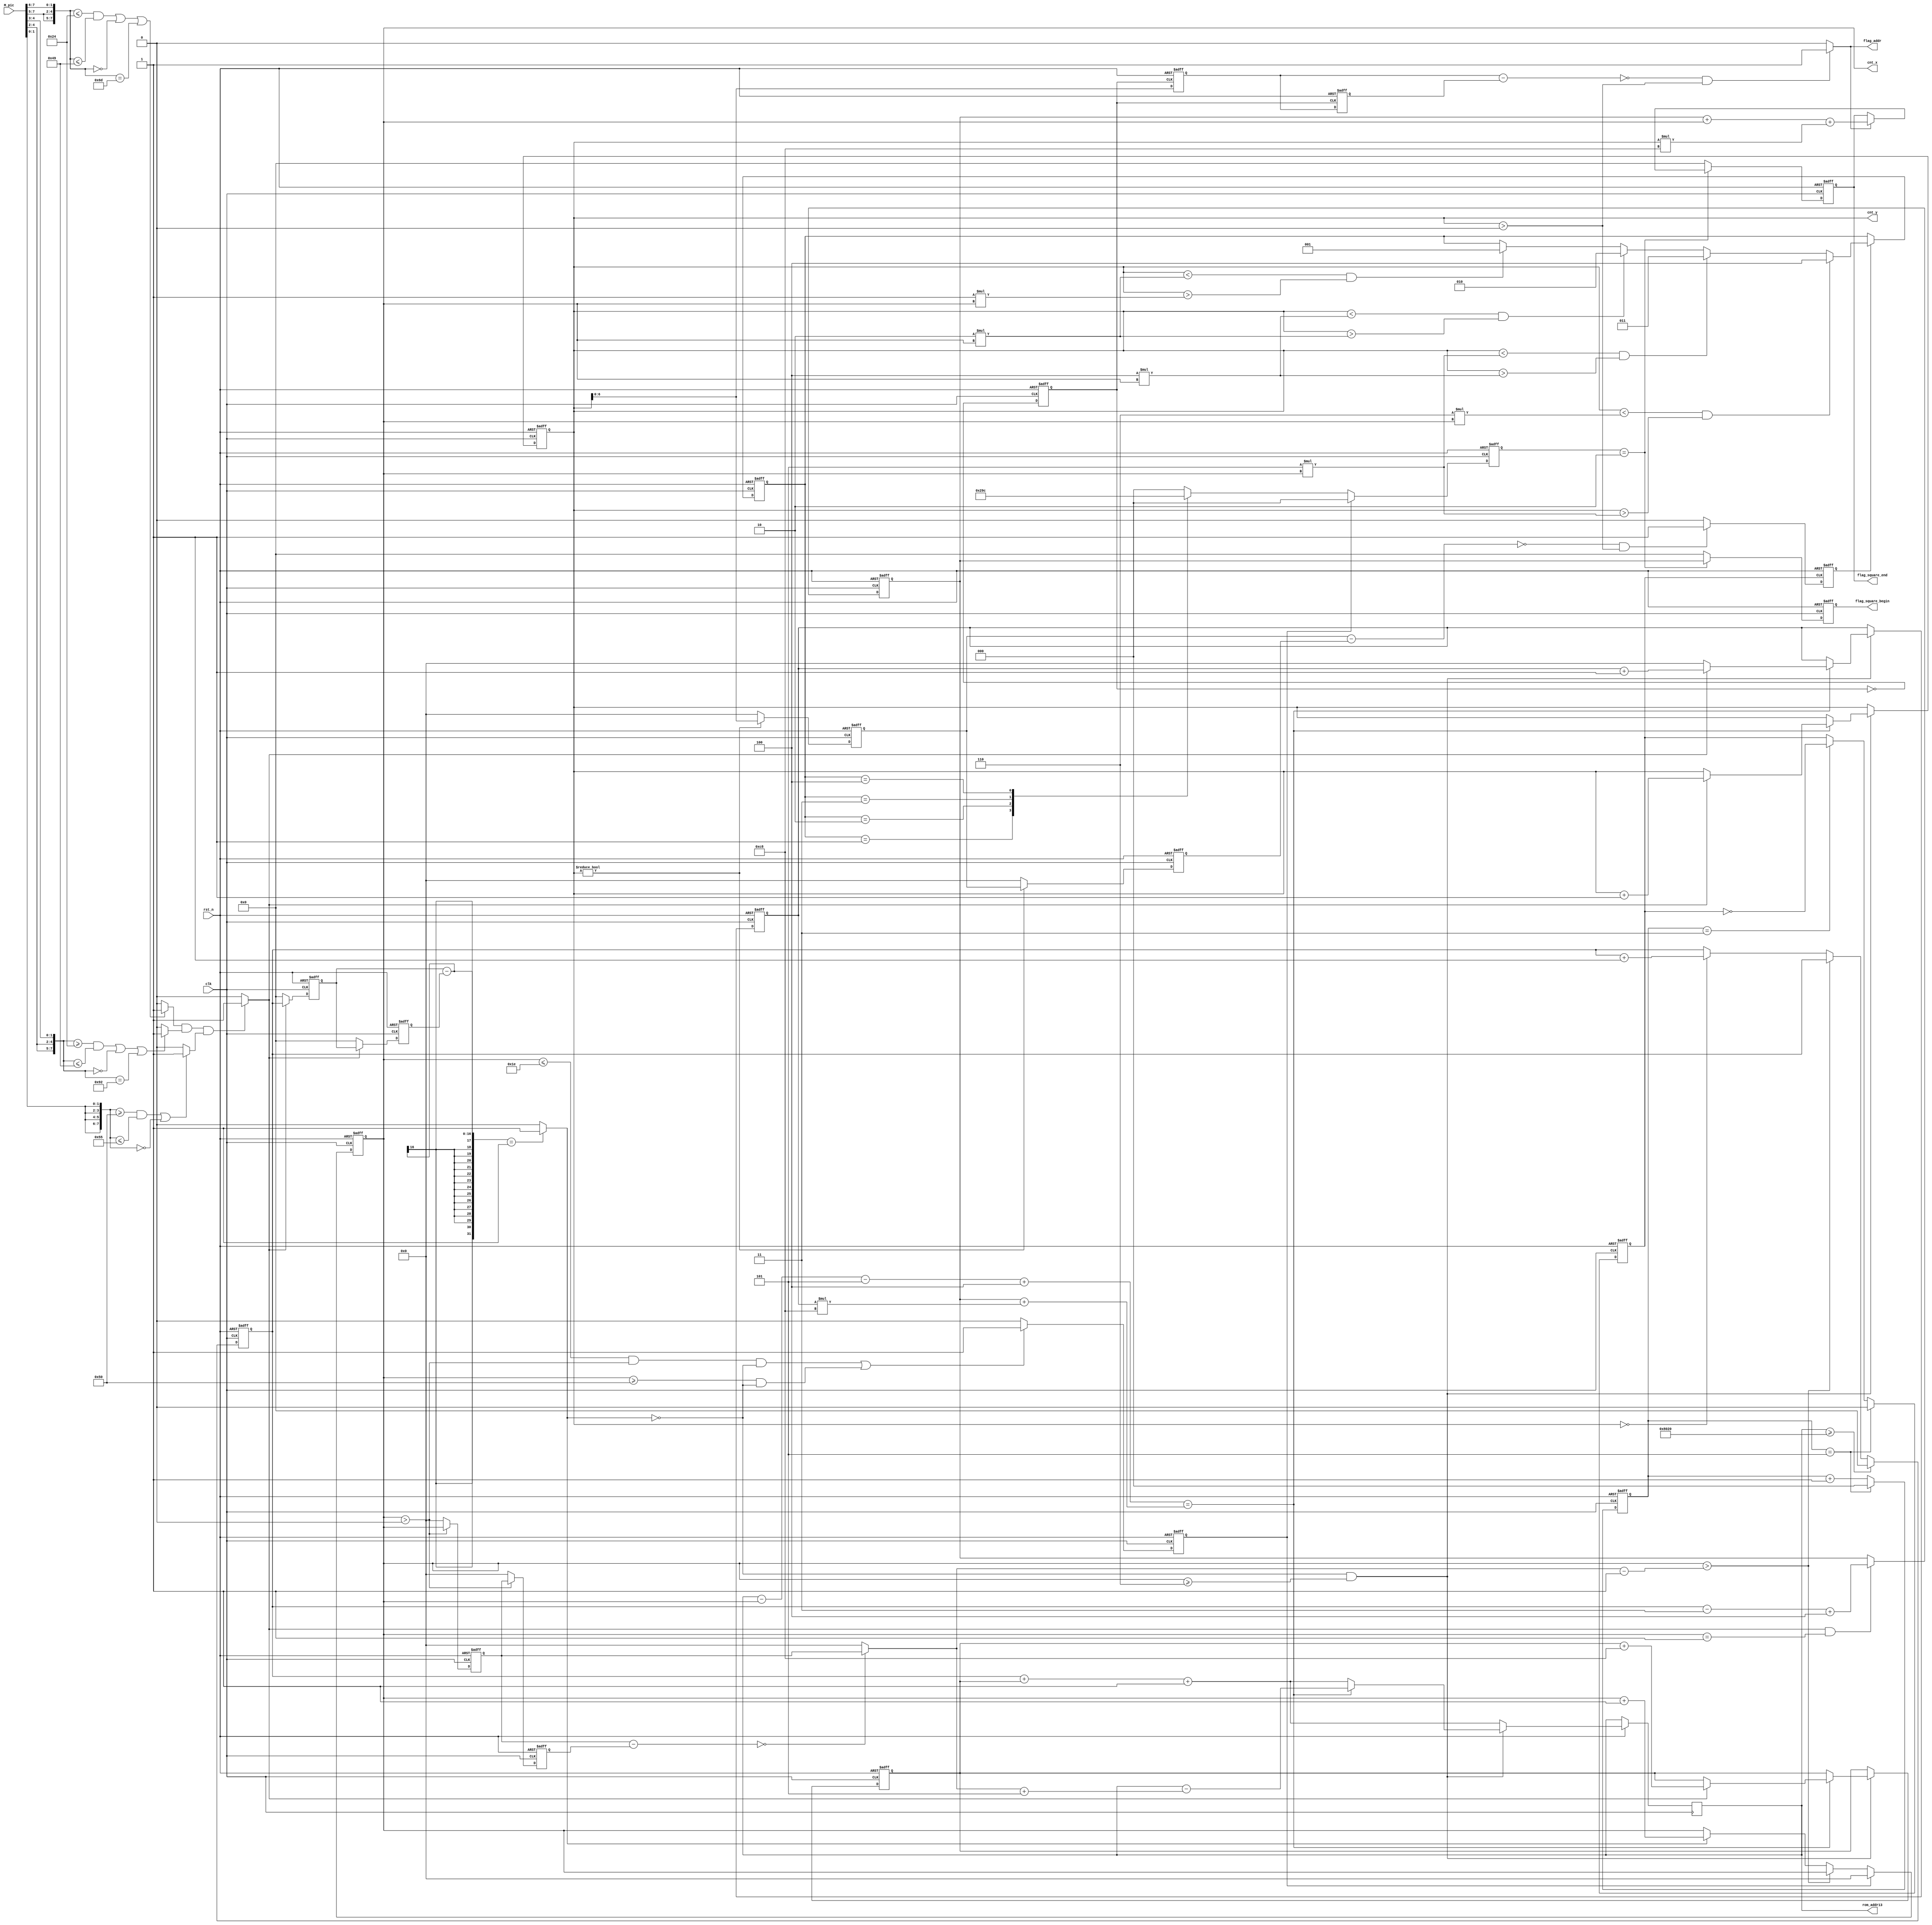
`timescale 1ns / 1ps
//////////////////////////////////////////////////////////////////////////////////
// Company: 
// Engineer: 
// 
// Design Name: 
// Module Name:    VGA_square 
// Project Name: 
// Target Devices: 
// Tool versions: 
// Description: 
//
// Dependencies: 
//
// Revision: 
// Revision 0.01 - File Created
// Additional Comments: 
//
//////////////////////////////////////////////////////////////////////////////////
module VGA_square(

	input										clk,
	input										rst_n,
	input				[7:0]					M_pic,
			
	output										flag_addr,//xyVGA
	output		reg		[6:0]					cnt_x,
	output		reg		[7:0]					cnt_y,//127
	output		reg		[15:0]					rom_addr13,
	output		reg		[15:0]					flag_square_begin,
	output		reg		[15:0]					flag_square_end
    );		
			
	wire				[7:0]					r1;
	wire        		[7:0]               	g1;
	wire        		[7:0]               	b1;
	wire										red0;  
	wire            	                        green0;
	wire            	                        blue0;
    wire            	                        black;
	wire										black_x;
	
	
	reg											clear;		
	reg					[15:0]					black_reg0;
	reg             	[15:0]                  black_reg1;
	reg             	[15:0]                  black_reg2;
	reg					[6:0]					N;	
	reg					[15:0]					rom_addr13_1;
	reg					[15:0]					rom_addr13_2;
	reg					[2:0]					B;
	reg					[2:0]					BiLi;

		
assign r1 =	{M_pic[7:5],M_pic[7:5],M_pic[7:6]};
assign g1 =	{M_pic[4:2],M_pic[4:2],M_pic[4:3]};
assign b1 =	{M_pic[1:0],M_pic[1:0],M_pic[1:0],M_pic[1:0]};

assign red0   =	((r1 <= 8'd36 && r1 <= 8'd73) || r1 == 8'd0 || r1 == 8'd109) ? 1'b1 : 1'b0;
assign green0 =	((g1 >= 8'd36 && g1 <= 8'd73) || g1 == 8'd0 || g1 == 8'd146) ? 1'b1 : 1'b0;//
assign blue0  =	((b1 >= 8'd80 && b1 <= 8'd85) || b1 == 8'd0) ? 1'b1 : 1'b0;
assign black  = (red0 & green0 & blue0)? 1'b1 : 1'b0;//

wire	[15:0]		a;
assign a = (cnt_x > 30)?black_reg0:0;


//
always @ (posedge clk or negedge rst_n)begin
	if(!rst_n)
	black_reg0 <= 16'd0;
	else if(black && (cnt_x == 6'd1))
	black_reg0 <= rom_addr13_1 - 3'd3 + 3'd4;//4:cnt_yblack
	else
	black_reg0 <= black_reg0;
	end

	
always @ (posedge clk or negedge rst_n)begin
	if(!rst_n)begin
	black_reg1 <= 16'd0;
	black_reg2 <= 16'd0;
	end
	else if(black)begin
	black_reg1 <= rom_addr13_1;
	black_reg2 <= black_reg1;
	end
	else begin
	black_reg1 <= 16'd0;
	black_reg2 <= 16'd0;
	end
	end	
	

//  
assign   black_x =(black_reg1 - black_reg2 == 1)?1'b1:1'b0;
	

reg		[6:0]		j0;
reg		[6:0]		j1;
wire	[6:0]		h;

assign h = (j0 - j1 == 1'b0)?j0:1'b0;


always @(posedge clk or negedge rst_n)begin
	if(!rst_n)begin
	j0 <= 7'd0;
	j1 <= 7'd0;
	end
	else if(cnt_x > 0)begin
	j0 <= cnt_x;
	j1 <= j0;
	end
	else begin
	j0 <= 7'd0;
	j1 <= 7'd0;
	end
	end
	
//
always @(posedge clk or negedge rst_n)begin
	if(!rst_n)
	cnt_x <= 7'd0;
	else if(clear)
	cnt_x <= 7'd0;
	else if( cnt_x > (h-1'b1) )///////////22,cnt_x
	cnt_x <= cnt_x;
	else if(black_x == 1'b1)
	cnt_x <= cnt_x + 1'b1;
	else
	cnt_x <= cnt_x;
	end

	
//cnt_x <= 30
always @(posedge clk or negedge rst_n)begin
	if(!rst_n)
	clear <= 1'b0;
	else if((cnt_x <= 30 && cnt_x > 0 && !black_x) || (cnt_x >= 80 && !black_x))
	clear <= 1'b1;
	else
	clear <= 1'b0;
	end
	
	
	
	
always @(posedge clk or  negedge rst_n)begin
	if(!rst_n)
	rom_addr13_1 <= 16'd0;
	else if(rom_addr13 >= 16'd32800)
	rom_addr13_1 <= 16'd0;
	else if(cnt_x > (h-1'b1))
	rom_addr13_1 <= rom_addr13_1;	
	else if(cnt_y == 8'd0)
	rom_addr13_1 <= rom_addr13_1 + 1'b1;
	else
	rom_addr13_1 <= rom_addr13_1;
	end


wire		[15:0]			c;

assign c = rom_addr13 - cnt_x - 3'd5 + 3'd4;

	
always @(posedge clk or negedge rst_n)begin
	if(!rst_n)begin
	cnt_y <= 8'd0;
	N <= 7'd0;
	rom_addr13_2 <= 16'd0;
	end
	else begin
	rom_addr13 <= rom_addr13_1 + rom_addr13_2 + 1'b1;
	
		if(!black_x && cnt_x >= 7'd6)
			begin
			
				case (c)
				
				black_reg0 + N*200:	begin
									rom_addr13 <= rom_addr13 - (h+5);
									
									if(black)begin
									cnt_y <= cnt_y + 1'b1;
									rom_addr13_2 <= rom_addr13_2 + 200;
									N <= N + 1'b1;
									end
									else begin
									N <= 7'd0;
									cnt_y <= cnt_y;
									end
									end
									
				black_reg0 + N*200:	if(black)begin				
									cnt_y <= cnt_y + 1'b1;
									rom_addr13_2 <= rom_addr13_2 + 200;
									N <= N + 1'b1;
									end
									else begin
									N <= 7'd0;
									cnt_y <= cnt_y;
									end																				
			
				black_reg0 + N*200:	if(black)begin
									cnt_y <= cnt_y + 1'b1;
									rom_addr13_2 <= rom_addr13_2 + 200;
									N <= N + 1'b1;
									end
									else begin
									N <= 7'd0;
									cnt_y <= cnt_y;
									rom_addr13_2 <= rom_addr13_2;
									end
				endcase
			end
		end
	end


reg					clk_4;
reg		[2:0]		cnt_clk_4;
//
always @(posedge clk or negedge rst_n)begin
	if(!rst_n)
	cnt_clk_4 <= 3'd0;
	else if(cnt_clk_4 == 3'd5)
	cnt_clk_4 <= 3'd0;
	else
	cnt_clk_4 <= cnt_clk_4 + 1'b1;
	end
//
always @(posedge clk or negedge rst_n)begin
	if(!rst_n)
	clk_4 <= 1'b0;
	else if(cnt_clk_4 == 3'd5)
	clk_4 <= 3'd0;
	else if(cnt_clk_4 == 3'd3)
	clk_4 <= ~clk_4;
	else
	clk_4 <= clk_4;
	end	  

reg 	[6:0]			i_0;
reg		[6:0]			i_1;

//cnt_y
always @(posedge clk or negedge rst_n)
	if(!rst_n)begin
	i_0 <= 7'd0;
	i_1 <= 7'd0;
	end
	else if(cnt_y)begin
	i_0 <= cnt_y;
	i_1 <= i_0;
	end
	else begin
	i_0 <= 7'd0;
	i_1 <= 7'd0;
	end	

	
reg						flag_cnt_y;
//	
always @(posedge clk_4 or negedge rst_n)begin
	if(!rst_n)
	flag_cnt_y <= 1'b0;
	else if(i_0 - i_1 == 1'b0 && cnt_y > 1'b0)
	flag_cnt_y <= 1'b1;
	else
	flag_cnt_y <= 1'b0;
	end

	

//						
always @(posedge clk or negedge rst_n)begin
	if(!rst_n)
	B <= 3'd0;
	else	begin
			if(flag_cnt_y) 
				begin
				if((cnt_y < 6*cnt_x)&& (cnt_y > 5*cnt_x))
				B <= 3'd4;
				else if((cnt_y < 5*cnt_x)&& (cnt_y > 4*cnt_x))
				B <= 3'd3;	
				else if((cnt_y < 4*cnt_x)&& (cnt_y > 2*cnt_x))
				B <= 3'd2;
				else if((cnt_y < 2*cnt_x)&& (cnt_y > 1*cnt_x))
				B <= 3'd1;
				end
			end
		
	end
	
//,
always @(posedge clk or negedge rst_n)begin
	if(!rst_n)
	BiLi <= 3'd0;
	else if(clear)
	BiLi <= 3'd0;
	else	begin
			case (B)
				1:	  BiLi <= 3'd1;
				2:	  BiLi <= 3'd2;
				3:	  BiLi <= 3'd3;
				4:	  BiLi <= 3'd4;
			default:  BiLi <= 3'd0;
			endcase
		end
	end

reg				clr;
	
//,	
always @(posedge clk or negedge rst_n)begin
	if(!rst_n)
	clr <= 1'b0;
	else if(BiLi > 3'd2 | BiLi == 3'd1)
	clr <= 1'b1;
	else
	clr <= 1'b0;
	end
	
	
reg 	[6:0]			d0;
reg 	[6:0]			d1;
reg						VGA_clk;

//cnt_y
always @(posedge clk or negedge rst_n)begin
	if(!rst_n)
	VGA_clk <= 1'b0;
	else
	VGA_clk <= ~VGA_clk;
	end

//	
always @(posedge VGA_clk or negedge rst_n)
	if(!rst_n)begin
	d0 <= 7'd0;
	d1 <= 7'd0;
	end
	else begin
	d0 <= cnt_y;
	d1 <= d0;
	end
	
//cnt_y
assign flag_addr = ((d0 - d1)== 1'b0 && cnt_y > 1'b0)?1'b1:1'b0;
		
	
//VGA
always @(posedge clk or negedge rst_n)
	if(!rst_n)begin
	flag_square_begin <= 16'd0;
	flag_square_end	<= 16'd0;
	end
	else if(BiLi == 3'd2)begin
	flag_square_begin <= black_reg0;
		if(flag_addr)
		flag_square_end	<= black_reg0 + cnt_x + cnt_y * 200;
	end
	else begin
	flag_square_begin <= 16'd0;
	flag_square_end	<= 16'd0;
	end
	
	

endmodule